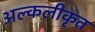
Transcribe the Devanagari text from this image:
अल्कलीकृत